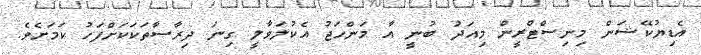
އެޑިޔުކޭޝަން މިނިސްޓްރީން މިއަދު ބުނީ އާ މަންހަޖު އެކުލަވާލީ ގިނަ ދިރާސާތަކަކަށްފަހު ކަމަށެވެ.